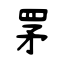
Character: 罞